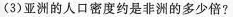
(3)亚洲的人口密度约是非洲的多少倍?